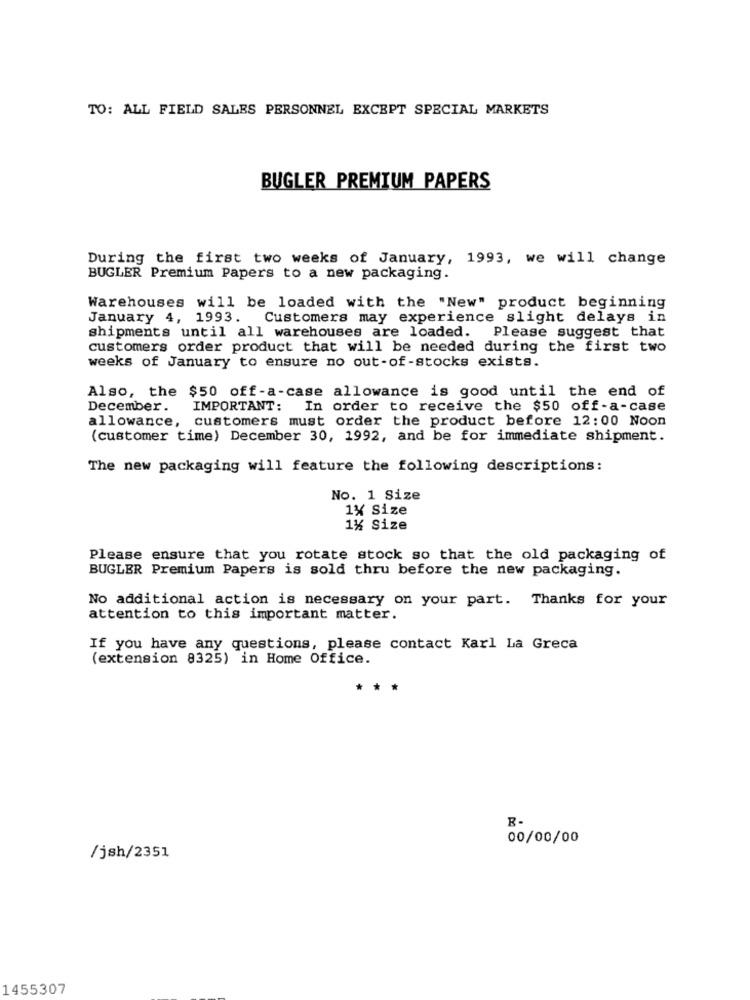
TO: ALL FIELD SALES PERSONNEL EXCEPT SPECIAL MARKETS
BUGLER PREMIUM PAPERS
During the first two weeks of January, 1993, we will change
BUGLER Premium Papers to a new packaging.
Warehouses will be loaded with the "New" product beginning
January 4, 1993. Customers may experience slight delays in
shipments until all warehouses are loaded.
Please suggest that
customers order product that will be needed during the first two
weeks of January to ensure no out-of-stocks exists.
Also, the $50 off-a-case allowance is good until the end of
December.
IMPORTANT:
In order to receive the $50 off-a-case
allowance, customers must order the product before 12:00 Noon
(customer time) December 30, 1992, and be for immediate shipment.
The new packaging will feature the following descriptions:
No. 1 Size
1% Size
1% Size
Please ensure that you rotate stock so that the old packaging of
BUGLER Premium Papers is sold thru before the new packaging.
No additional action is necessary on your part. Thanks for your
attention to this important matter.
If you have any questions, please contact Karl La Greca
(extension 8325) in Home Office.
00/00/00
/jsh/2351
1455307